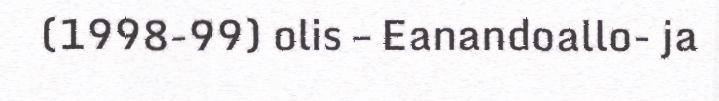
(1998-99) olis – Eanandoallo- ja